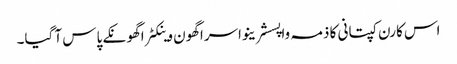
اس کارن کپتانی کا ذمہ واپسشرینواسراگھون وینکٹراگھونکے پاس آ گیا۔